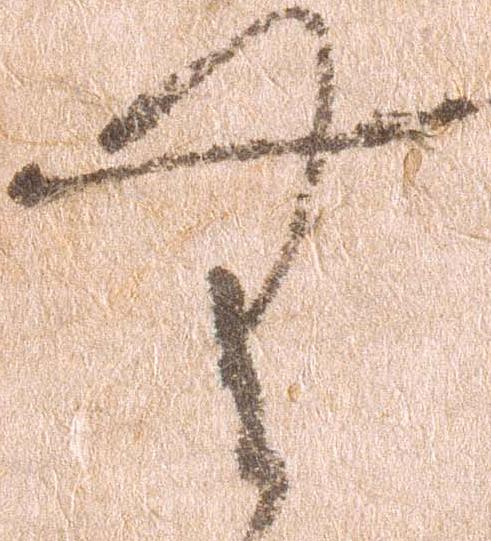
無